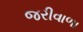
જરીવાળા